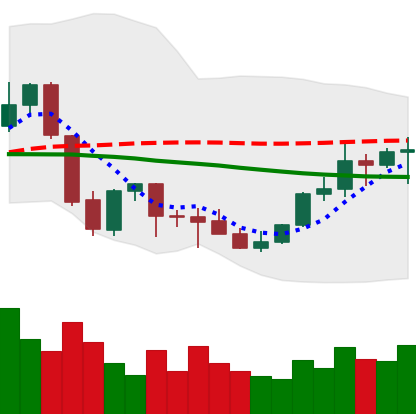
Ticker: EOS-USD
Chart end date: 2021-10-06
Forward return: -4.196%
Label: down_3_5